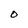
Character: O